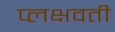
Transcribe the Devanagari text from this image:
प्लक्षवती